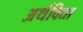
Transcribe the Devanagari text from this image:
अर्थविद्या